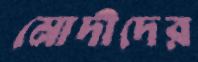
মোদীদের